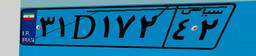
۳۱D۱۷۲۴۲